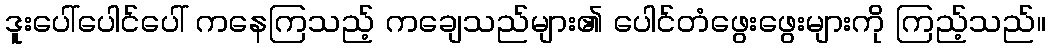
ဒူးပေါ်ပေါင်ပေါ် ကနေကြသည့် ကချေသည်များ၏ ပေါင်တံဖွေးဖွေးများကို ကြည့်သည်။